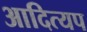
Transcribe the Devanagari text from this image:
आदित्यप